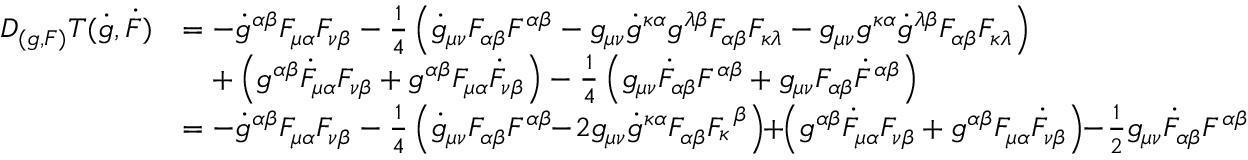
\begin{array} { r l } { D _ { ( g , F ) } T ( \dot { g } , \dot { F } ) } & { = - \dot { g } ^ { \alpha \beta } F _ { \mu \alpha } F _ { \nu \beta } - \frac 1 4 \left( \dot { g } _ { \mu \nu } F _ { \alpha \beta } F ^ { \alpha \beta } - g _ { \mu \nu } \dot { g } ^ { \kappa \alpha } g ^ { \lambda \beta } F _ { \alpha \beta } F _ { \kappa \lambda } - g _ { \mu \nu } g ^ { \kappa \alpha } \dot { g } ^ { \lambda \beta } F _ { \alpha \beta } F _ { \kappa \lambda } \right) } \\ & { \quad + \left( g ^ { \alpha \beta } \dot { F } _ { \mu \alpha } F _ { \nu \beta } + g ^ { \alpha \beta } F _ { \mu \alpha } \dot { F } _ { \nu \beta } \right) - \frac 1 4 \left( g _ { \mu \nu } \dot { F } _ { \alpha \beta } F ^ { \alpha \beta } + g _ { \mu \nu } F _ { \alpha \beta } \dot { F } ^ { \alpha \beta } \right) } \\ & { = - \dot { g } ^ { \alpha \beta } F _ { \mu \alpha } F _ { \nu \beta } - \frac 1 4 \left( \dot { g } _ { \mu \nu } F _ { \alpha \beta } F ^ { \alpha \beta } \! \! - \! 2 g _ { \mu \nu } \dot { g } ^ { \kappa \alpha } F _ { \alpha \beta } F _ { \kappa } ^ { ~ \beta } \right) \! \! + \! \! \left( g ^ { \alpha \beta } \dot { F } _ { \mu \alpha } F _ { \nu \beta } + g ^ { \alpha \beta } F _ { \mu \alpha } \dot { F } _ { \nu \beta } \right) \! \! - \! \frac 1 2 g _ { \mu \nu } \dot { F } _ { \alpha \beta } F ^ { \alpha \beta } } \end{array}